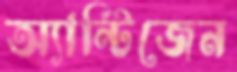
অ্যান্টিজেন